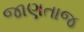
જાણતાજ